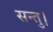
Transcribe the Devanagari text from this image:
सन्तु।